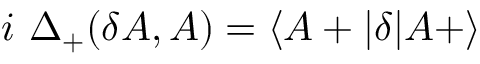
i \ \Delta _ { + } ( \delta A , A ) = \langle A + \vert \delta \vert A + \rangle